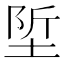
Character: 𡌌